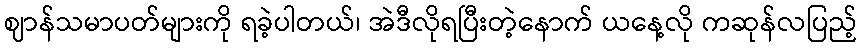
ဈာန်သမာပတ်များကို ရခဲ့ပါတယ်၊ အဲဒီလိုရပြီးတဲ့နောက် ယနေ့လို ကဆုန်လပြည့်